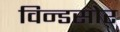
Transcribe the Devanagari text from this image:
विन्डसोर